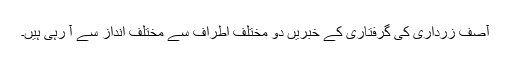
آصف زرداری کی گرفتاری کے خبریں دو مختلف اطراف سے مختلف انداز سے آ رہی ہیں۔